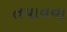
તપાવવા